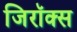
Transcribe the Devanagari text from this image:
जिरॉक्स